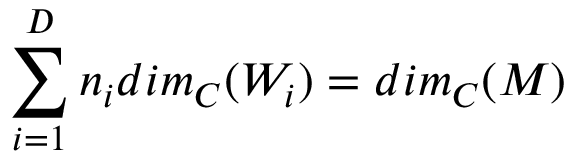
\sum _ { i = 1 } ^ { D } n _ { i } d i m _ { C } ( W _ { i } ) = d i m _ { C } ( M )